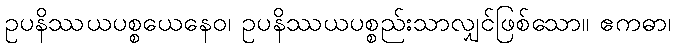
ဥပနိဿယပစ္စယေနေဝ၊ ဥပနိဿယပစ္စည်းသာလျှင်ဖြစ်သော။ ဧကဓာ၊